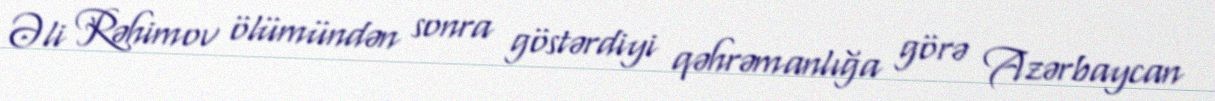
Əli Rəhimov ölümündən sonra göstərdiyi qəhrəmanlığa görə Azərbaycan